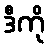
ဒီကို